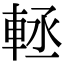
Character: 䡕